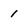
Character: 1